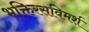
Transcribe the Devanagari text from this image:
भक्तिरसविमर्श